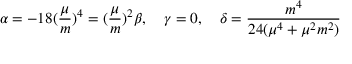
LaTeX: \alpha = - 1 8 ( \frac { \mu } { m } ) ^ { 4 } = ( \frac { \mu } { m } ) ^ { 2 } \beta , \quad \gamma = 0 , \quad \delta = \frac { m ^ { 4 } } { 2 4 ( \mu ^ { 4 } + \mu ^ { 2 } m ^ { 2 } ) }